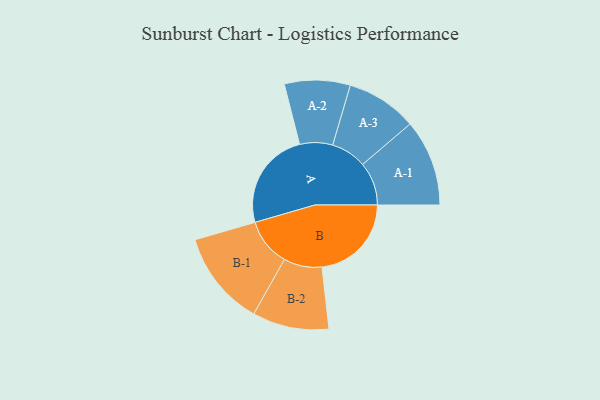
{"axis": {"x": "Segment", "y": "Value"}, "legend": ["", "A", "B"], "data": [{"x": "A", "y": 452, "type": ""}, {"x": "B", "y": 411, "type": ""}, {"x": "A-1", "y": 199, "type": "A"}, {"x": "A-2", "y": 151, "type": "A"}, {"x": "A-3", "y": 163, "type": "A"}, {"x": "B-1", "y": 219, "type": "B"}, {"x": "B-2", "y": 176, "type": "B"}]}